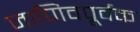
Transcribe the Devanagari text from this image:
जाणिवपूर्वक